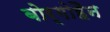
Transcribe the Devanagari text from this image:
बोर्गोहैन